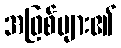
အဖြစ်များ၏